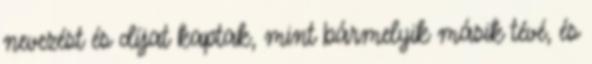
nevezést és díjat kaptak, mint bármelyik másik tévé, és